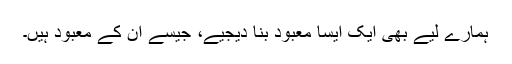
ہمارے لیے بھی ایک ایسا معبود بنا دیجیے، جیسے ان کے معبود ہیں۔